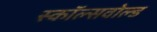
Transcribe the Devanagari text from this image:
स्कॉल्सवोल्ड